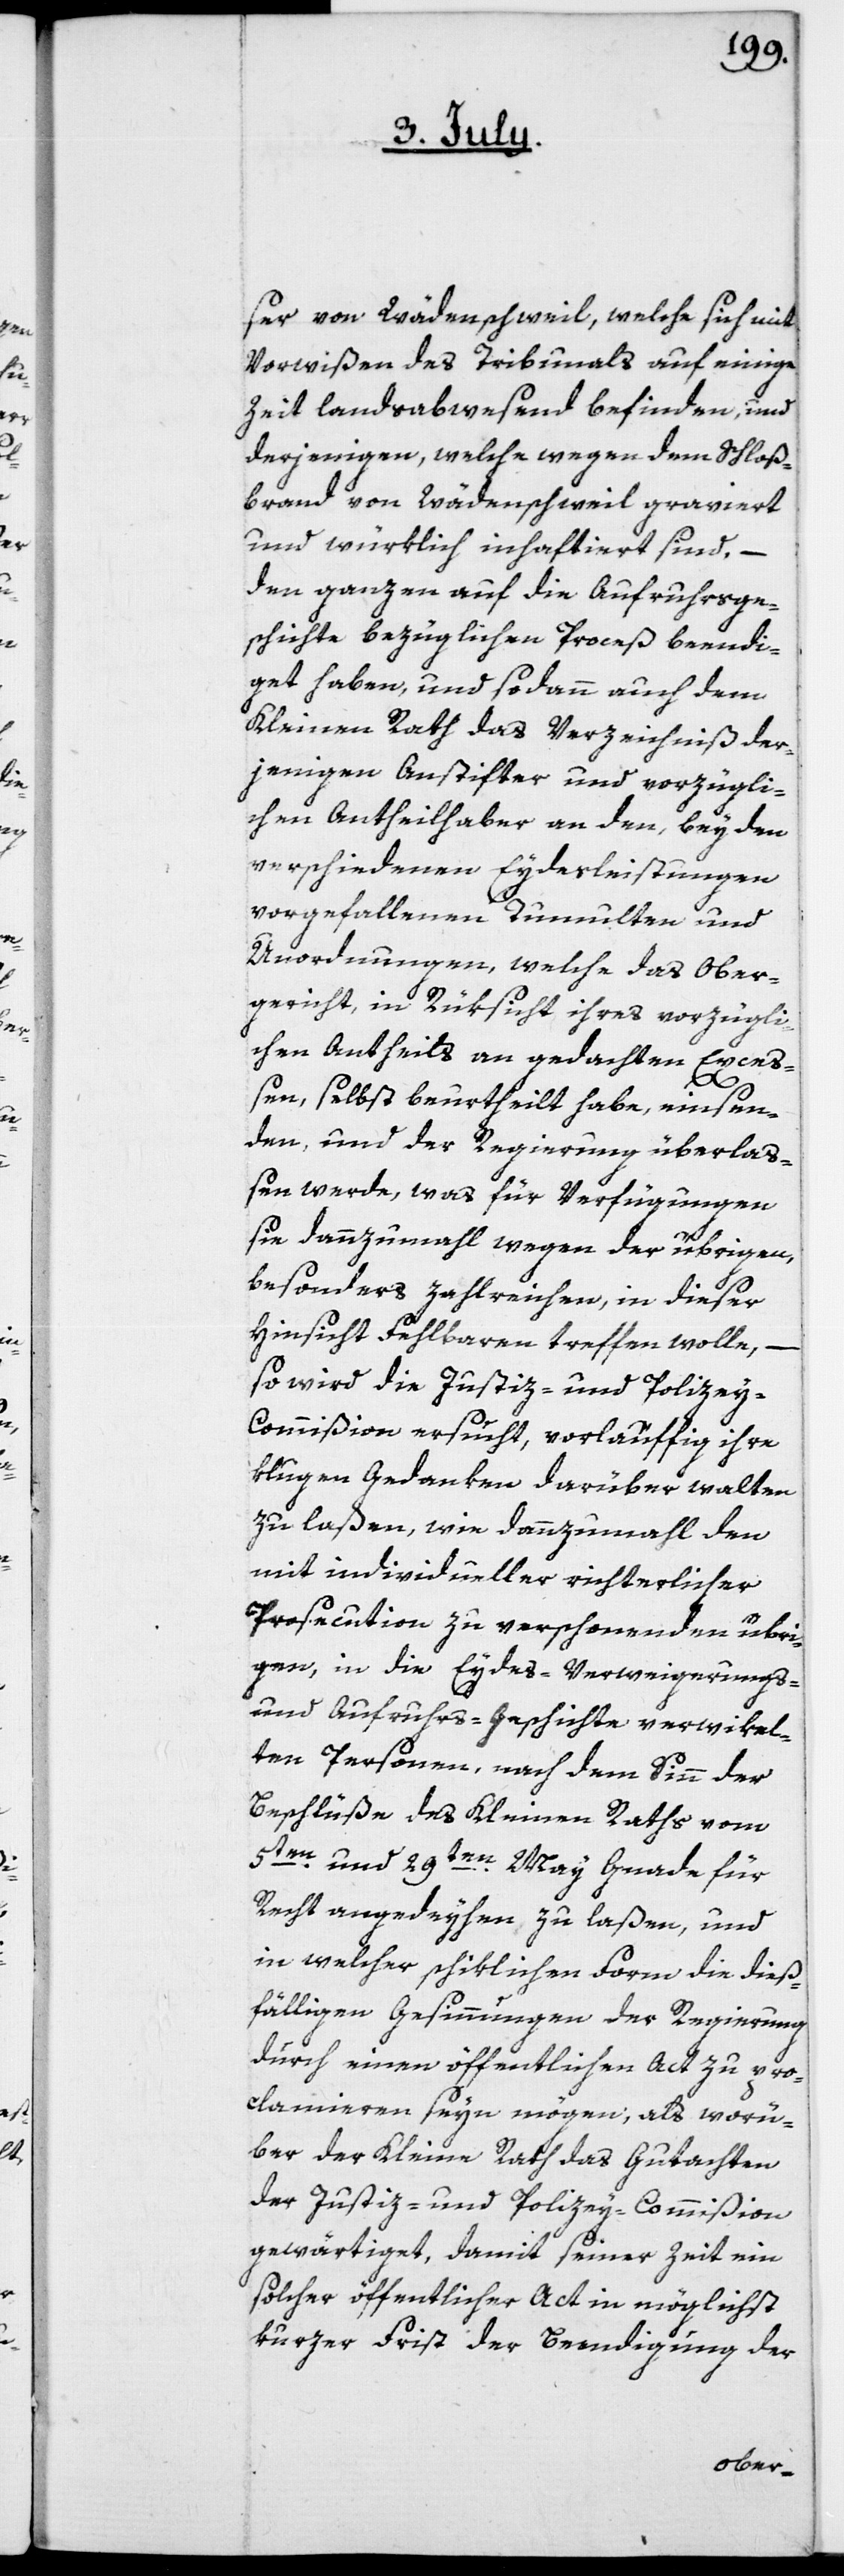
ser von Wädenschweil, welche sich mit
Vorwißen des Tribunals auf einige
Zeit landesabwesend befinden, und
derjenigen, welche wegen dem Schloß¬
brand von Wädenschweil graviert
und würklich inhaftiert sind, –
den ganzen auf die Aufruhrsge¬
schichte bezüglichen Proceß beendi¬
get haben, und sodann auch dem
Kleinen Rath das Verzeichniß der¬
jenigen Anstifter und vorzügli¬
chen Antheilhaber an den, bey den
verschiedenen Eydesleistungen
vorgefallenen Tumulten und
Unordnungen, welche das Ober¬
gericht, in Rüksicht ihres vorzügli¬
chen Antheils an gedachten Exceß¬
en, selbst beurtheilt habe, einsen¬
den, und der Regierung überlaß¬
en werde, was für Verfügungen
sie dannzumahl wegen der übrigen,
besonders zahlreichen, in dieser
Hinsicht Fehlbaren treffen wolle,
so wird die Justiz- und Polizey-C¬
ommißion ersucht, vorläuffig ihre
klugen Gedanken darüber walten
zu laßen, wie dannzumahl den
mit individueller richterlicher
Prosecution zu verschonenden übri¬
gen, in die Eydes-Verweigerungs-
und Aufruhrs-Geschichte verwikel¬
ten Personen, nach dem Sinn der
Beschlüße des Kleinen Raths vom
5ten und 29ten May Gnade für
Recht angedeyhen zu laßen, und
in welcher schiklichen Form die dieß¬
fälligen Gesinnungen der Regierung
durch einen öffentlichen Act zu pro¬
clamieren seyn mögen, als worü¬
ber der Kleine Rath das Gutachten
der Justiz- und Polizey-Commißion
gewärtiget, damit seiner Zeit ein
solcher öffentlicher Act in möglichst
kurzer Frist der Beendigung der